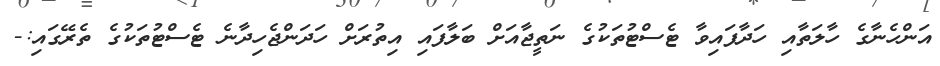
އަންހެނާގެ ހާލަތާއި ހަދާފައިވާ ޓެސްޓުތަކުގެ ނަތީޖާއަށް ބަލާފައި އިތުރަށް ހަދަންޖެހިދާނެ ޓެސްޓުތަކުގެ ތެރޭގައި:-